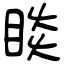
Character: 睒